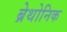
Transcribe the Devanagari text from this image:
ब्रेथोनिक